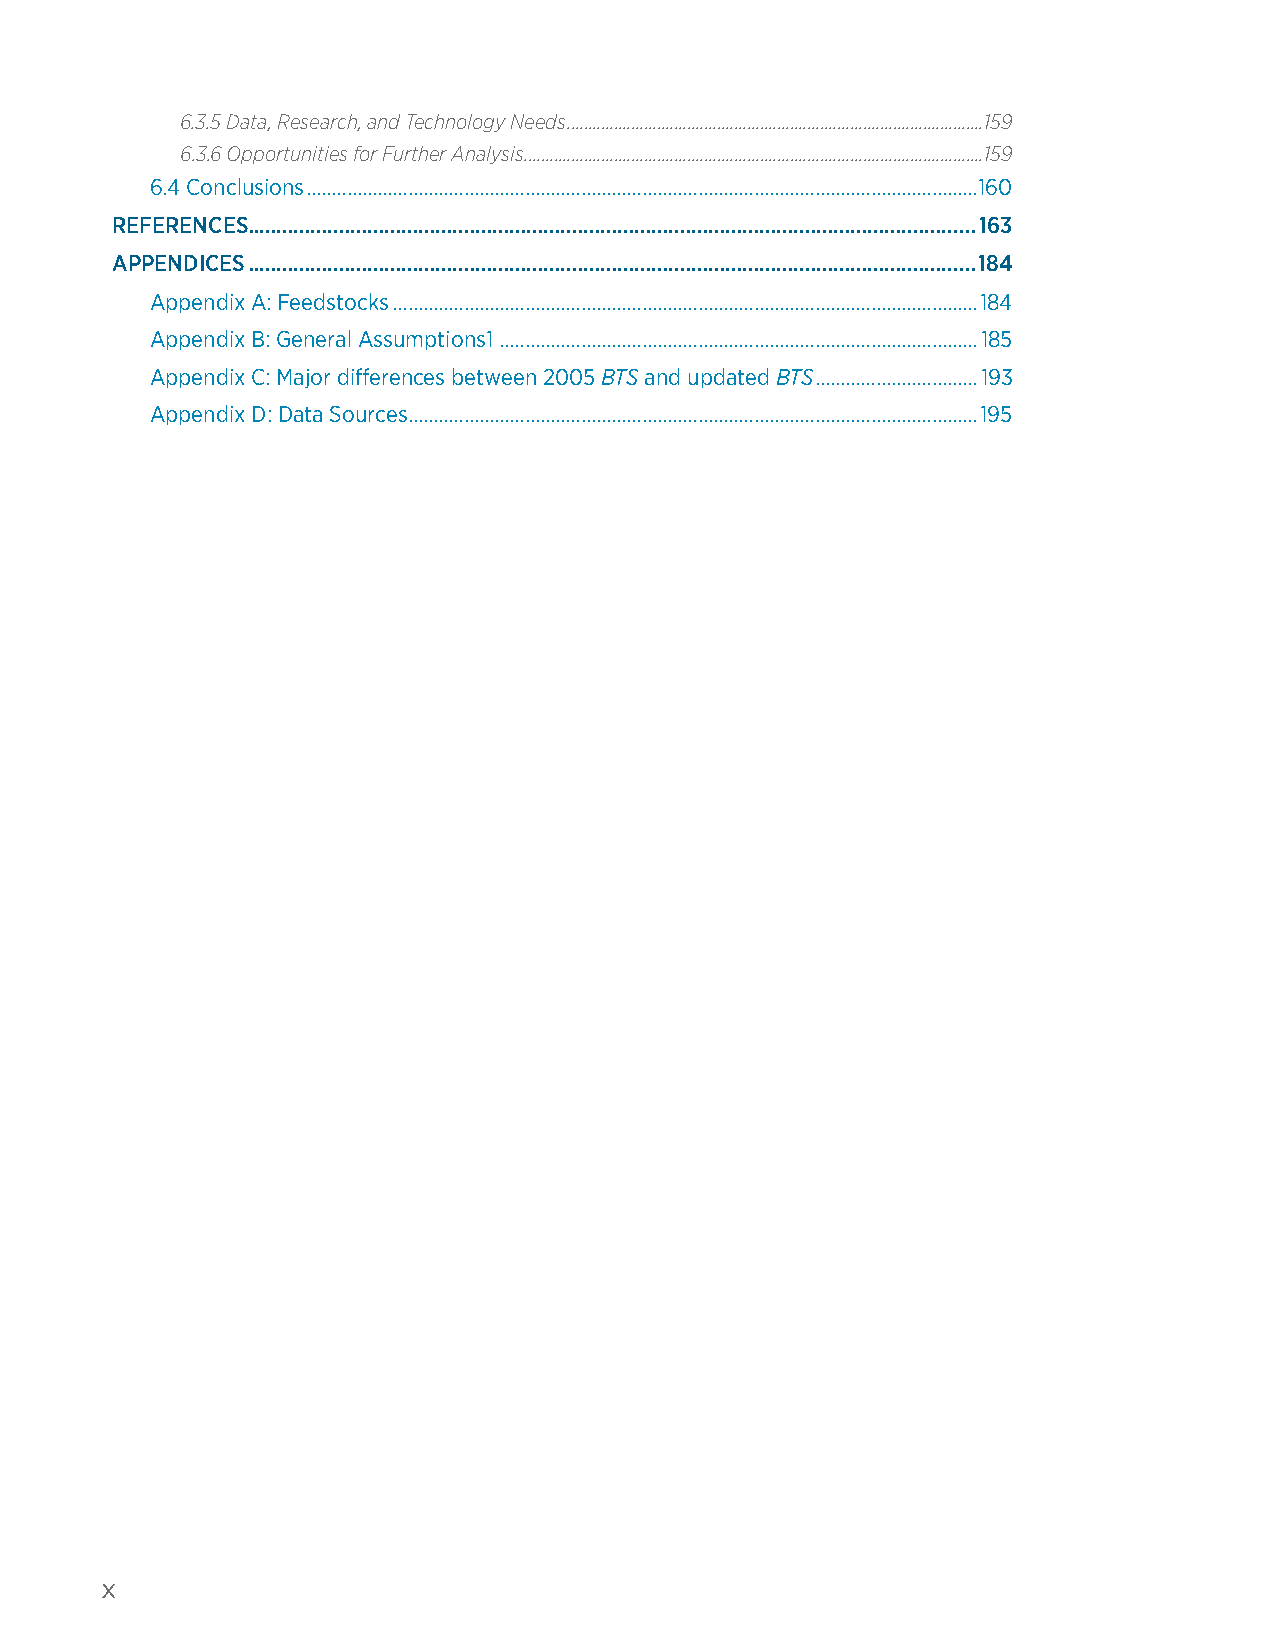
6.3.5 Data, Research, and Technology Needs .................................................................................................159
 6.3.6 Opportunities for Further Analysis ...........................................................................................................159
 6.4 Conclusions ....................................................................................................................................160
 REFERENCES ................................................................................................................................163
 APPENDICES ................................................................................................................................184
 Appendix A: Feedstocks ...................................................................................................................184
 Appendix B: General Assumptions1 ..............................................................................................185
 Appendix C: Major differences between 2005 BTS and updated BTS ................................193
 Appendix D: Data Sources ................................................................................................................195
 x